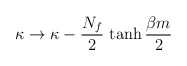
\begin{align*}\kappa\rightarrow \kappa - {N_{f}\over 2}\,\tanh {\beta m\over 2}\end{align*}